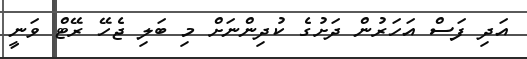
އަދި ފަސް އަހަރުން ދަށުގެ ކުދިންނަށް މި ބަލި ޖެހޭ ރޭޓް ވަނީ